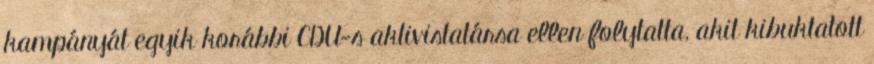
kampányát egyik korábbi CDU-s aktivistatársa ellen folytatta, akit kibuktatott